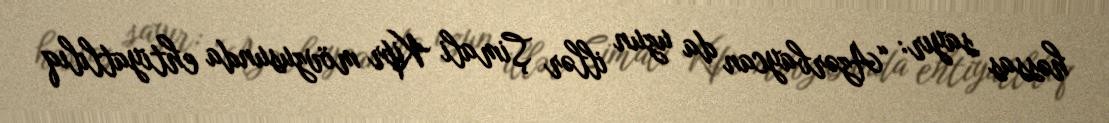
həssas sayır: “Azərbaycan da uzun illər Şimali Kipr mövzusunda ehtiyatlılıq